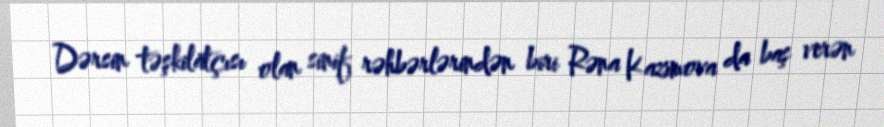
Dərsin təşkilatçısı olan sinif rəhbərlərindən biri Rəna Kazımova da baş verən